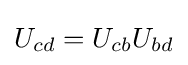
U_{cd}=U_{cb}U_{bd}